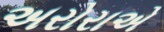
અરોરાએ